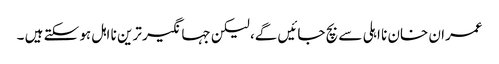
عمران خان نا اہلی سے بچ جائیں گے، لیکن جہانگیر ترین نا اہل ہو سکتے ہیں ۔